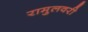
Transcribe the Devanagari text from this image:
रामुलवरी